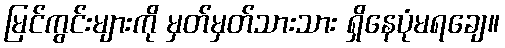
မြင်ကွင်းများကို မှတ်မှတ်သားသား ရှိနေပုံမရချေ။